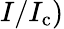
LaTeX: I/I_{\mathrm{c}})